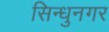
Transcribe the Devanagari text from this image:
सिन्धुनगर